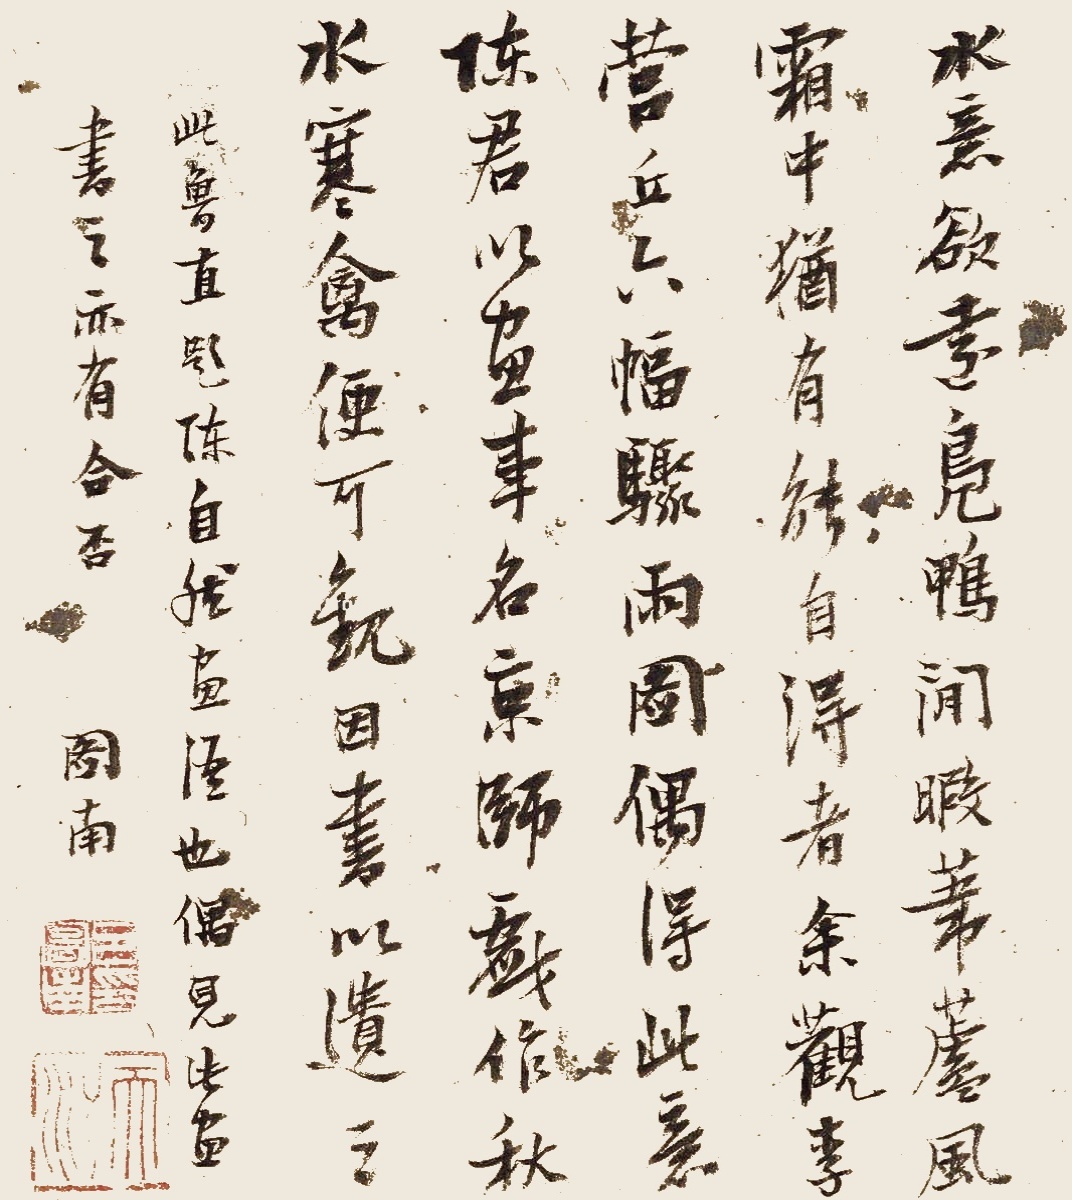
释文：水意欲远，凫鸭闲暇，苇芦风霜中犹有能自得者，余观李营丘六幅骤雨图，偶得此意。陈君以画事名京师，戏作秋水寒禽便可观，因书以遗之。此鲁直题陈自然画语也，偶见此画，书之亦有合否，图南。